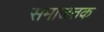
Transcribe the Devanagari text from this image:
समाजतक